Annual report on the Civil Veterinary Department, Burma (including the Insein Veterinary School) - 1932-1941
Year: 1932
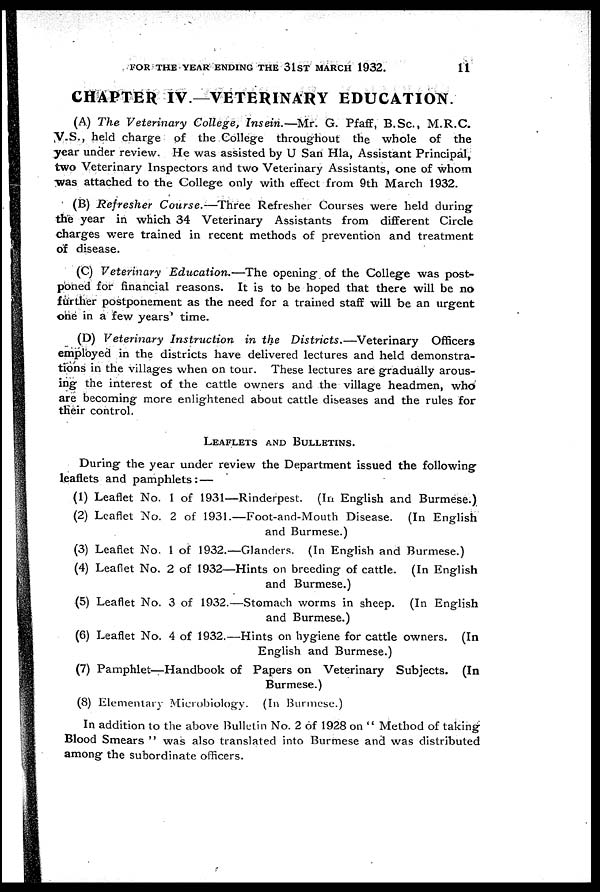
FOR THE YEAR ENDING THE 31ST MARCH 1932.
11
CHAPTER IV—VETERINARY EDUCATION.
(A) The Veterinary College, Insein.—Mr.
G. Pfaff, B.Sc., M.R.C.
V.S., held charge of the College throughout the whole of the
year under review. He was assisted by U San Hla, Assistant Principal,
two Veterinary Inspectors and two Veterinary Assistants, one of whom
was attached to the College only with effect from 9th March 1932.
(B) Refresher
Course.—Three
Refresher Courses were held during
the year in which 34 Veterinary Assistants from different Circle
charges were trained in recent methods of prevention and treatment
of disease.
(C) Veterinary
Education.—The
opening of the College was post-
poned for financial reasons. It is to be hoped that there will be no
further postponement as the need for a trained staff will be an urgent
one in a few years' time.
(D) Veterinary Instruction
in the Districts.—Veterinary
Officers
employed in the districts have delivered lectures and held demonstra-
tions in the villages when on tour. These lectures are gradually arous-
ing the interest of the cattle owners and the village headmen, who
are becoming more enlightened about cattle diseases and the rules for
their control.
LEAFLETS AND BULLETINS.
During the year under review the Department issued the following
leaflets and pamphlets: —
(1) Leaflet No. 1 of 1931—Rinderpest. (In English and Burmese.)
(2) Leaflet No. 2 of 1931.—Foot-and-Mouth Disease. (In English
and Burmese.)
(3) Leaflet No. 1 of 1932.—Glanders. (In English and Burmese.)
(4) Leaflet No. 2 of 1932—Hints on breeding of cattle. (In English
and Burmese.)
(5) Leaflet No. 3 of 1932.—Stomach worms in sheep. (In English
and Burmese.)
(6) Leaflet No. 4 of 1932.—Hints on hygiene for cattle owners. (In
English and Burmese.)
(7) Pamphlet—Handbook of Papers on Veterinary Subjects. (In
Burmese.)
(8) Elementary Microbiology. (In Burmese.)
In addition to the above Bulletin No. 2 of 1928 on " Method of taking
Blood Smears " was also translated into Burmese and was distributed
among the subordinate officers.